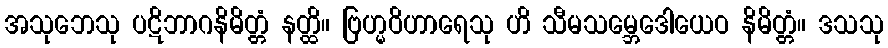
အသုဘေသု ပဋိဘာဂနိမိတ္တံ နတ္ထိ။ ဗြဟ္မဝိဟာရေသု ဟိ သီမသမ္ဘေဒေါယေဝ နိမိတ္တံ။ ဒသသု